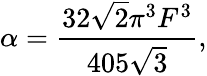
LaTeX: \alpha=\frac{32\sqrt{2}\pi^{3}F^{3}}{405\sqrt{3}},